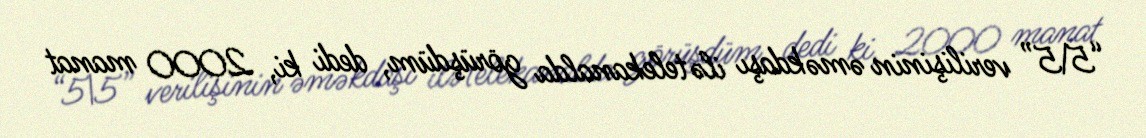
“5\5” verilişinin əməkdaşı ilə telekanalda görüşdüm, dedi ki, 2000 manat